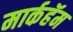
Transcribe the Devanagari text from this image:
मार्कहॅम